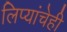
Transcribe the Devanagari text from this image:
लिप्यांचेही